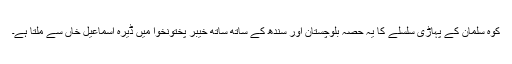
کوہِ سلمان کے پہاڑی سلسلے کا یہ حصہ بلوچستان اور سندھ کے ساتھ ساتھ خیبر پختونخوا میں ڈیرہ اسماعیل خاں سے ملتا ہے۔